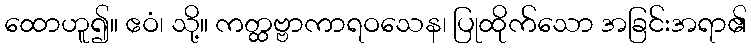
ထောဟူ၍။ ဧဝံ၊ သို့။ ကတ္ထဗ္ဗာကာရဝသေန၊ ပြုထိုက်သော အခြင်းအရာ၏